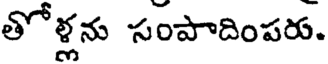
తోళ్లను సంపాదింపరు.